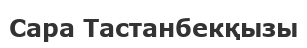
Сара Тастанбекқызы